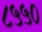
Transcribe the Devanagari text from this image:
८५५०